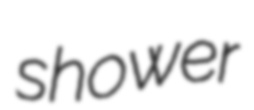
shower